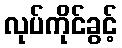
လုပ်ကိုင်ခွင့်